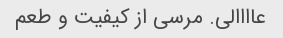
عاااالی. مرسی از کیفیت و طعم